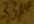
Text: 3,3µF